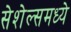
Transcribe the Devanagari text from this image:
सेशेल्समध्ये